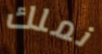
نملك